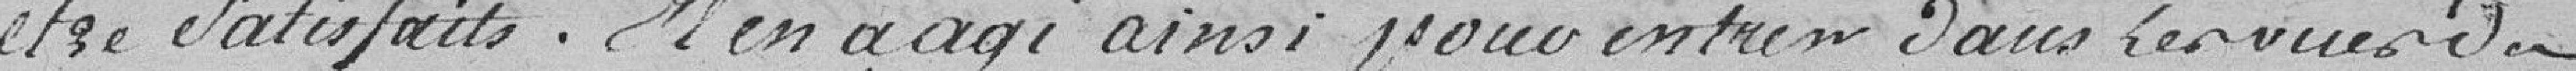
être satisfaits. Il en a agi ainsi pour entrer dans les vues du